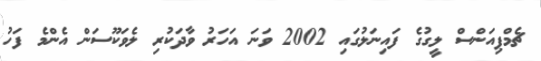
ޗެމްޕިއަންސް ލީގުގެ ފައިނަލުގައި 2002 ވަނަ އަހަރު ވާދަކުރި ލެވަކޫސަން އެންމެ ފަހު